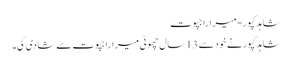
شاہد کپور-میراراجپوت
شاہدکپورنے خود سے 13سال چھوٹی میراراجپوت سے شادی کی۔